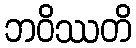
ဘဝိဿတိ